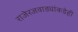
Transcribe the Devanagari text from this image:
राजेरजवाड्यांकडेही